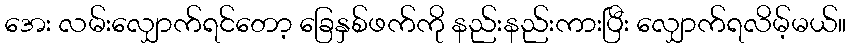
အေး လမ်းလျှောက်ရင်တော့ ခြေနှစ်ဖက်ကို နည်းနည်းကားပြီး လျှောက်ရလိမ့်မယ်။